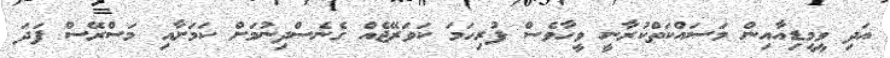
އަދި ވީމީޑިއާއިން މަސައްކަތްކުރާނީ ވީހާވެސް ފުރިހަމަ ކަވަރޭޖެއް ގެނެސްދިނުމަށް ކަމަށާއި މަސްރޭސް ފަދަ